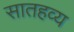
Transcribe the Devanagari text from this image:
सातहव्य